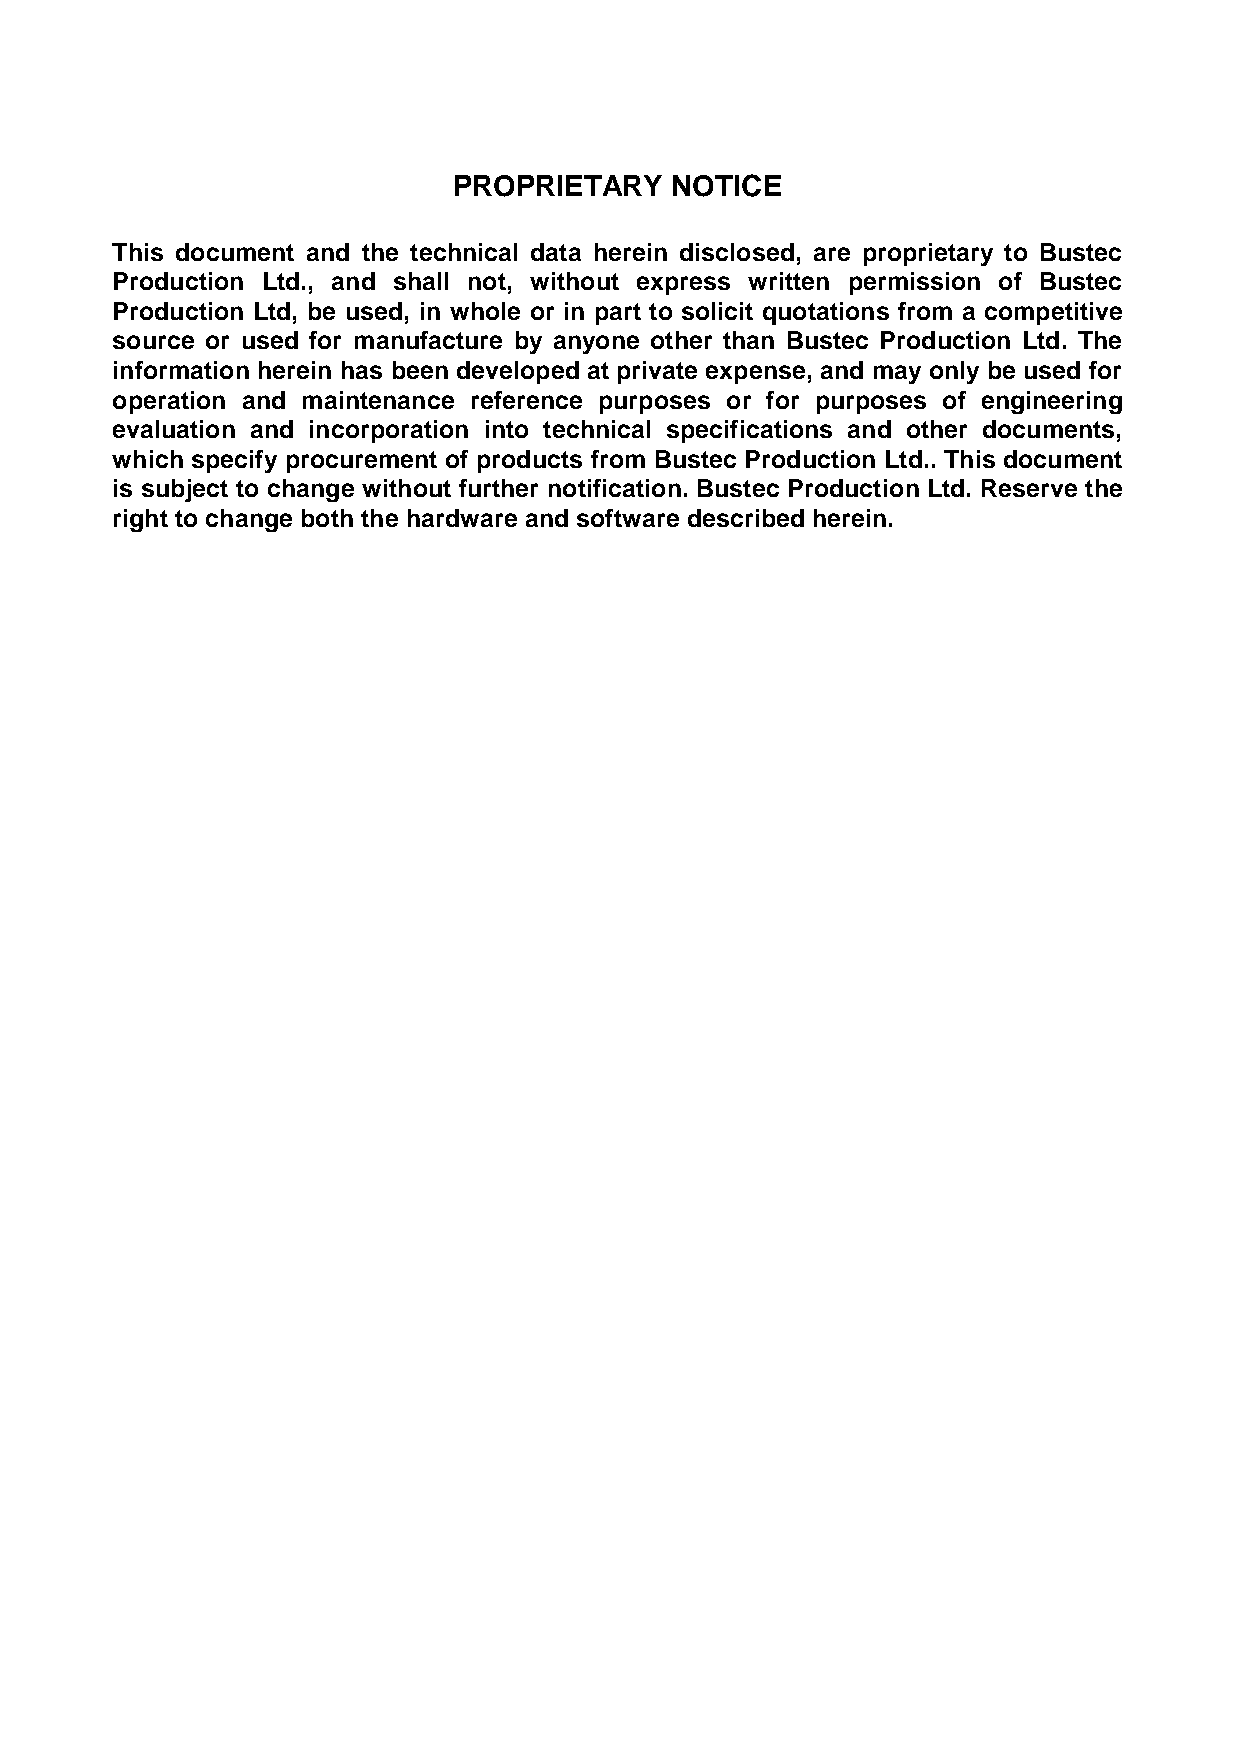
PROPRIETARY   NOTICE
 This document and the technical data herein disclosed, are proprietary to Bustec
 Production Ltd., and shall not, without express written permission of Bustec
 Production Ltd, be used, in whole or in part to solicit quotations from a competitive
 source or used for manufacture by anyone other than Bustec Production Ltd. The
 information herein has been developed at private expense, and may only be used for
 operation and maintenance reference purposes or for purposes of engineering
 evaluation and incorporation into technical specifications and other documents,
 which specify procurement of products from Bustec Production Ltd.. This document
 is subject to change without further notification. Bustec Production Ltd. Reserve the
 right to change both the hardware and software described herein.